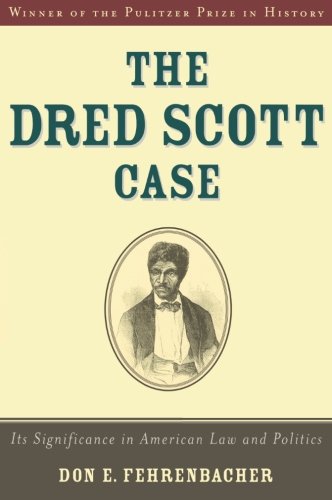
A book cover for The Dred Scott Case: Its Significance in American Law and Politics; Don E. Fehrenbacher; Law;